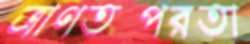
ত্রাণতত্পরতা